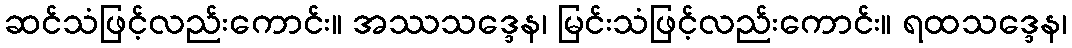
ဆင်သံဖြင့်လည်းကောင်း။ အဿသဒ္ဒေန၊ မြင်းသံဖြင့်လည်းကောင်း။ ရထသဒ္ဒေန၊